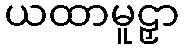
ယထာမူဠှာ